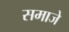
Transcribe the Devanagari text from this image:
समाजे